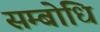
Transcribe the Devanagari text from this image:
सम्‍बोधि